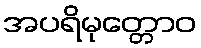
အပရိမုတ္တောဝ